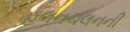
હલનચલનની